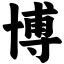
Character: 博